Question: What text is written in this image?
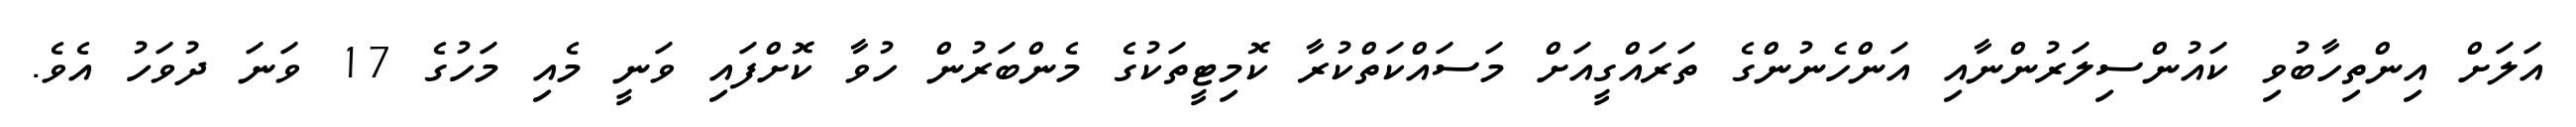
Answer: އަލަށް އިންތިހާބުވި ކައުންސިލަރުންނާއި އަންހެނުންގެ ތަރައްގީއަށް މަސައްކަތްކުރާ ކޮމިޓީތަކުގެ މެންބަރުން ހުވާ ކޮށްފައި ވަނީ މެއި މަހުގެ 17 ވަނަ ދުވަހު އެވެ.